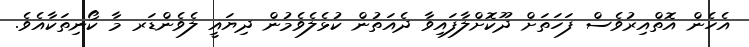
އެހެން އޮތްއިރުވެސް ފަހަތަށް ދޫކޮށްލާފައިވާ ދެއަތުން ކުޅެލެވެމުން ދިޔައީ ލެވެންޑަރ މާ ކޯނިތަކާއެވެ.